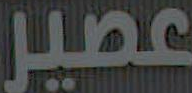
عصير